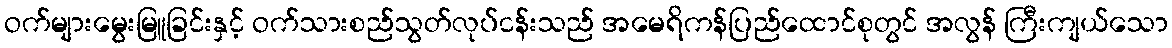
ဝက်များမွေးမြူခြင်းနှင့် ဝက်သားစည်သွတ်လုပ်ငန်းသည် အမေရိကန်ပြည်ထောင်စုတွင် အလွန် ကြီးကျယ်သော